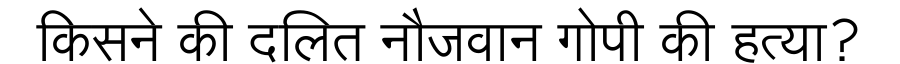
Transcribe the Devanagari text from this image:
किसने की दलित नौजवान गोपी की हत्या?